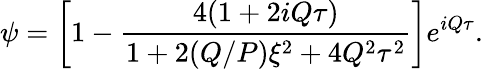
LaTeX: \psi=\left[1-\frac{4(1+2iQ\tau)}{1+2(Q/P)\xi^{2}+4Q^{2}\tau^{2}}\right]e^{iQ\tau}.